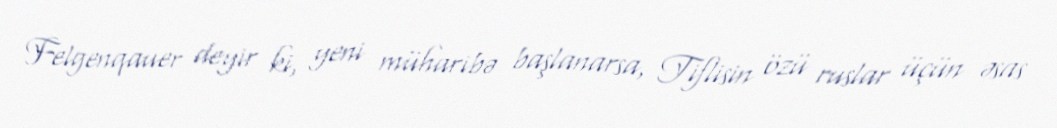
Felgenqauer deyir ki, yeni müharibə başlanarsa, Tiflisin özü ruslar üçün əsas